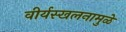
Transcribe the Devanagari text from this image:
वीर्यस्खलनामुळे